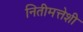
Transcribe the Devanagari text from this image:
नितीमत्तेशी